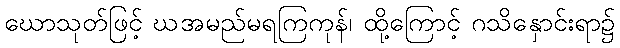
ဃောသုတ်ဖြင့် ဃအမည်မရကြကုန်၊ ထို့ကြောင့် ဂသိနှောင်းရာ၌